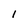
Character: I